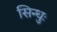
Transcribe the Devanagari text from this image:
सिन्धुः